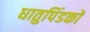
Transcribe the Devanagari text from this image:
धातुपिंडकों